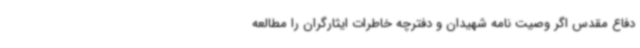
دفاع مقدس اگر وصیت نامه شهیدان و دفترچه خاطرات ایثارگران را مطالعه